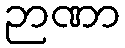
ဉာဏာ